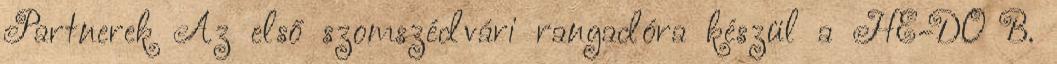
Partnerek Az első szomszédvári rangadóra készül a HE-DO B.